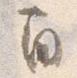
間